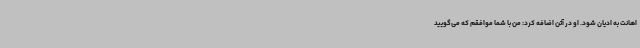
اهانت به ادیان شود. او در آتن اضافه کرد: من با شما موافقم که می‌گویید